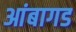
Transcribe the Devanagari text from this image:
आंबागड